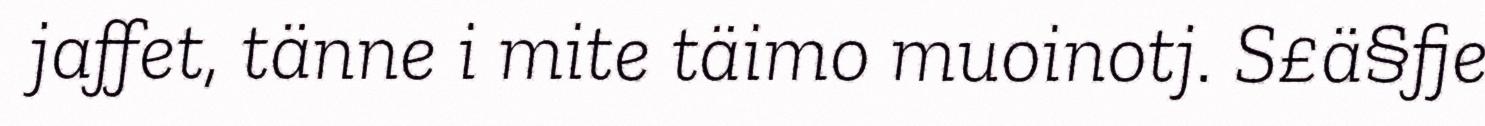
jaffet, tänne i mite täimo muoinotj. S£ä§fje